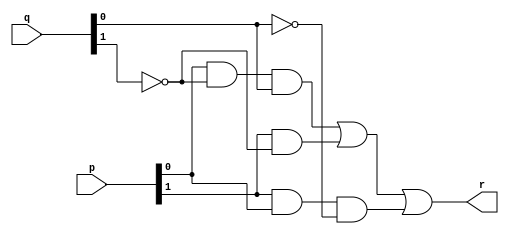
`timescale 1ns / 1ps
//////////////////////////////////////////////////////////////////////////////////
// Company: 
// Engineer: 
// 
// Design Name: 
// Module Name: e1
// Project Name: 
// Target Devices: 
// Tool Versions: 
// Description: 
// 
// Dependencies: 
// 
// Revision:
// Revision 0.01 - File Created
// Additional Comments:
// 
//////////////////////////////////////////////////////////////////////////////////


module greater(
        input wire[1:0] p, q,
        output wire r

    );
   
    wire a , b, c;
   // bitwise comparison
    assign a = p[0]&~q[1]&q[0]; 
    assign b = p[1]&~q[1];
    assign c = p[1]&p[0]&~q[0];
   
    assign r = a|b|c;
   
   
endmodule